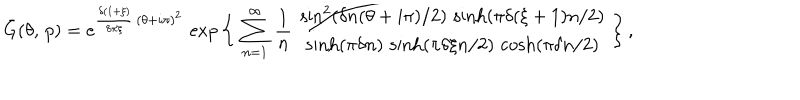
\bar { G } ( \theta , \, p ) = e ^ { \frac { \delta ( 1 + \xi ) } { 8 \pi \xi } \, ( \theta + i \pi ) ^ { 2 } } \, \exp \bigg \{ \, \sum _ { n = 1 } ^ { \infty } \, \frac { 1 } { n } \ \frac { \sin ^ { 2 } ( \delta n ( \theta + i \pi ) / 2 ) \, \sinh ( \pi \delta ( \xi + 1 ) n / 2 ) } { \sinh ( \pi \delta n ) \, \sinh ( \pi \delta \xi n / 2 ) \, \cosh ( \pi \delta n / 2 ) } \, \bigg \} \, ,